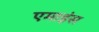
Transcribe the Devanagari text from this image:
एमाइंस